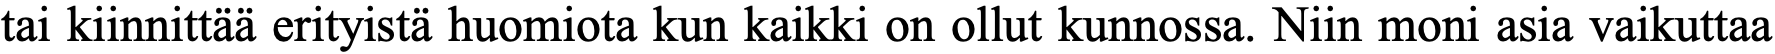
tai kiinnittää erityistä huomiota kun kaikki on ollut kunnossa. Niin moni asia vaikuttaa